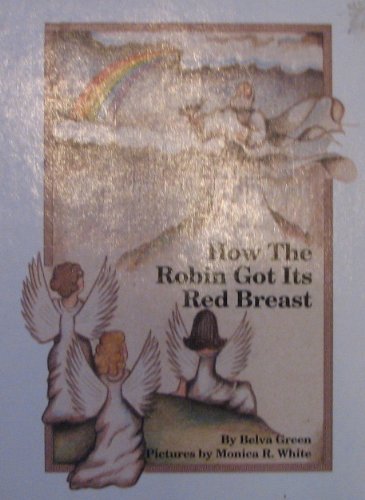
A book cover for How the Robin Got Its Red Breast; Belva Green; Children's Books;